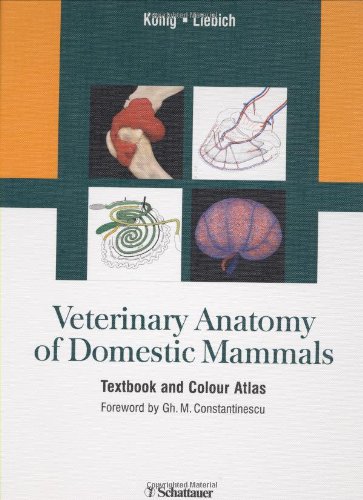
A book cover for Veterinary Anatomy of Domestic Mammals; Medical Books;